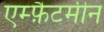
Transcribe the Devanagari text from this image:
एम्फ़ैटमीन